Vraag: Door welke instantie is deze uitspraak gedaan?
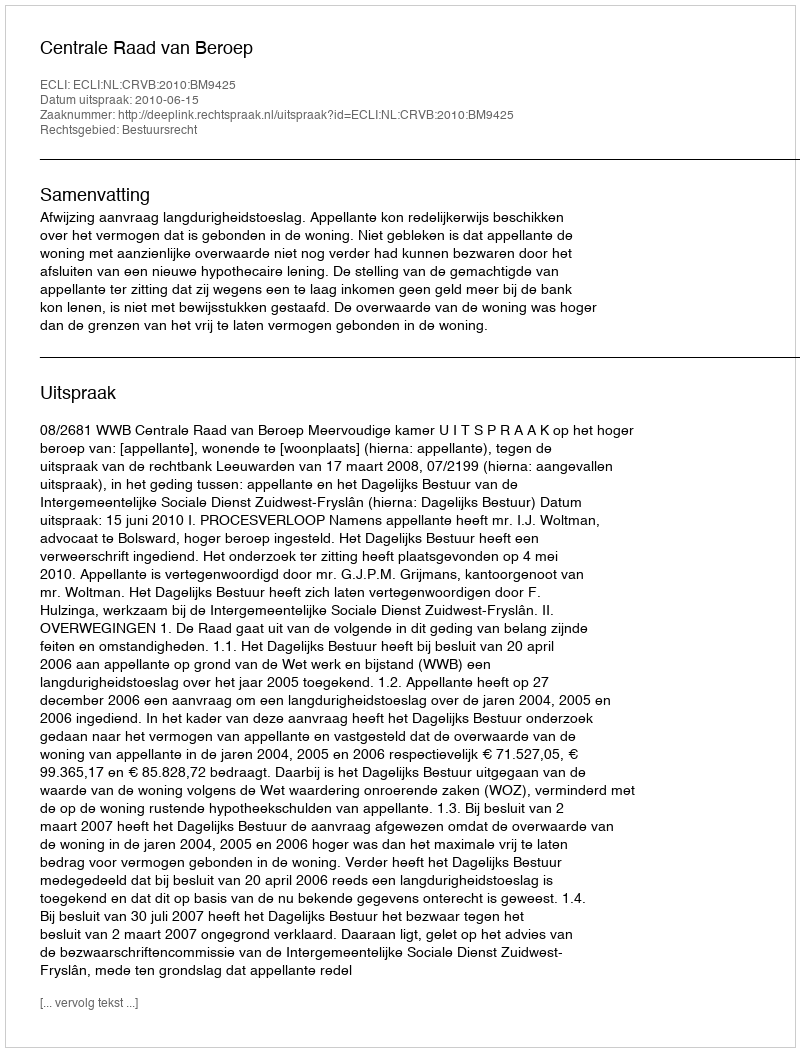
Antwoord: Centrale Raad van Beroep